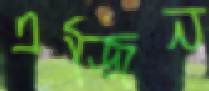
এজিন